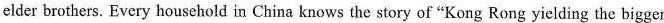
elder brothers. Every household in China knows the story of "Kong Rong yielding the bigger